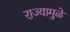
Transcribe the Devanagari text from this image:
राज्यामुळे